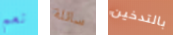
نعم سائلة بالتدخين